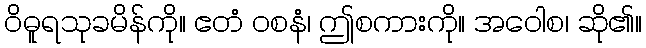
ဝိဓူရသုခမိန်ကို။ ဧတံ ဝစနံ၊ ဤစကားကို။ အဝေါစ၊ ဆို၏။